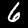
Label: 6